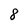
Character: 8